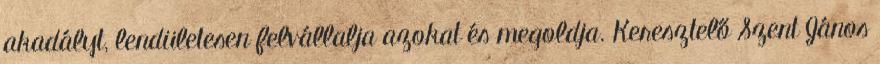
akadályt, lendületesen felvállalja azokat és megoldja. Keresztelő Szent János